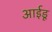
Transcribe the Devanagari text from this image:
आईडू